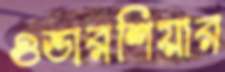
ওভারশিয়ার